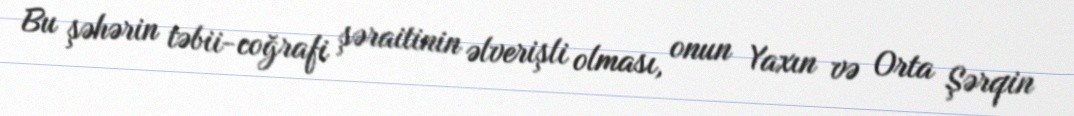
Bu şəhərin təbii-coğrafi şəraitinin əlverişli olması, onun Yaxın və Orta Şərqin